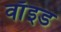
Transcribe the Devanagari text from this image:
वाॅइड